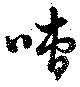
嘈